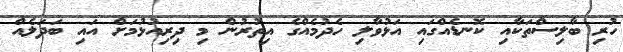
ހުރި ބާލިސްތަކާއި ކޮނޑެއްގައި އަޅުވާލި ހެދުމެއްގެ އިތުރުން މި ދިރިއުޅުމަށް އައި ބަދަލެއް